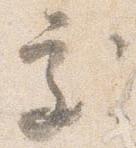
処